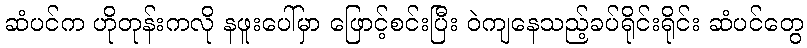
ဆံပင်က ဟိုတုန်းကလို နဖူးပေါ်မှာ ဖြောင့်စင်းပြီး ဝဲကျနေသည့်ခပ်ရိုင်းရိုင်း ဆံပင်တွေ